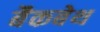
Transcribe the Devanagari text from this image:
बैकबेथ